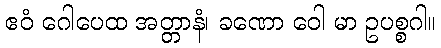
ဧဝံ ဂေါပေထ အတ္တာနံ၊ ခဏော ဝေါ မာ ဥပစ္စဂါ။